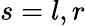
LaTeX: s=l,r